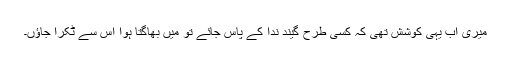
میری اب یہی کوشش تھی کہ کسی طرح گیند ندا کے پاس جائے تو میں بھاگتا ہوا اس سے ٹکرا جاؤں۔